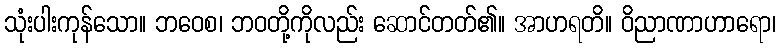
သုံးပါးကုန်သော။ ဘဝေစ၊ ဘဝတို့ကိုလည်း ဆောင်တတ်၏။ အာဟရတိ။ ဝိညာဏာဟာရော၊